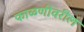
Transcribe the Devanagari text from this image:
फाळणीवरील